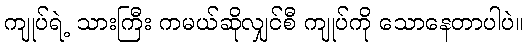
ကျုပ်ရဲ့ သားကြီး ကမယ်ဆိုလျှင်စီ ကျုပ်ကို သောနေတာပါပဲ။